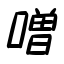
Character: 噌